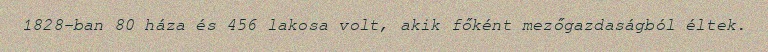
1828-ban 80 háza és 456 lakosa volt, akik főként mezőgazdaságból éltek.